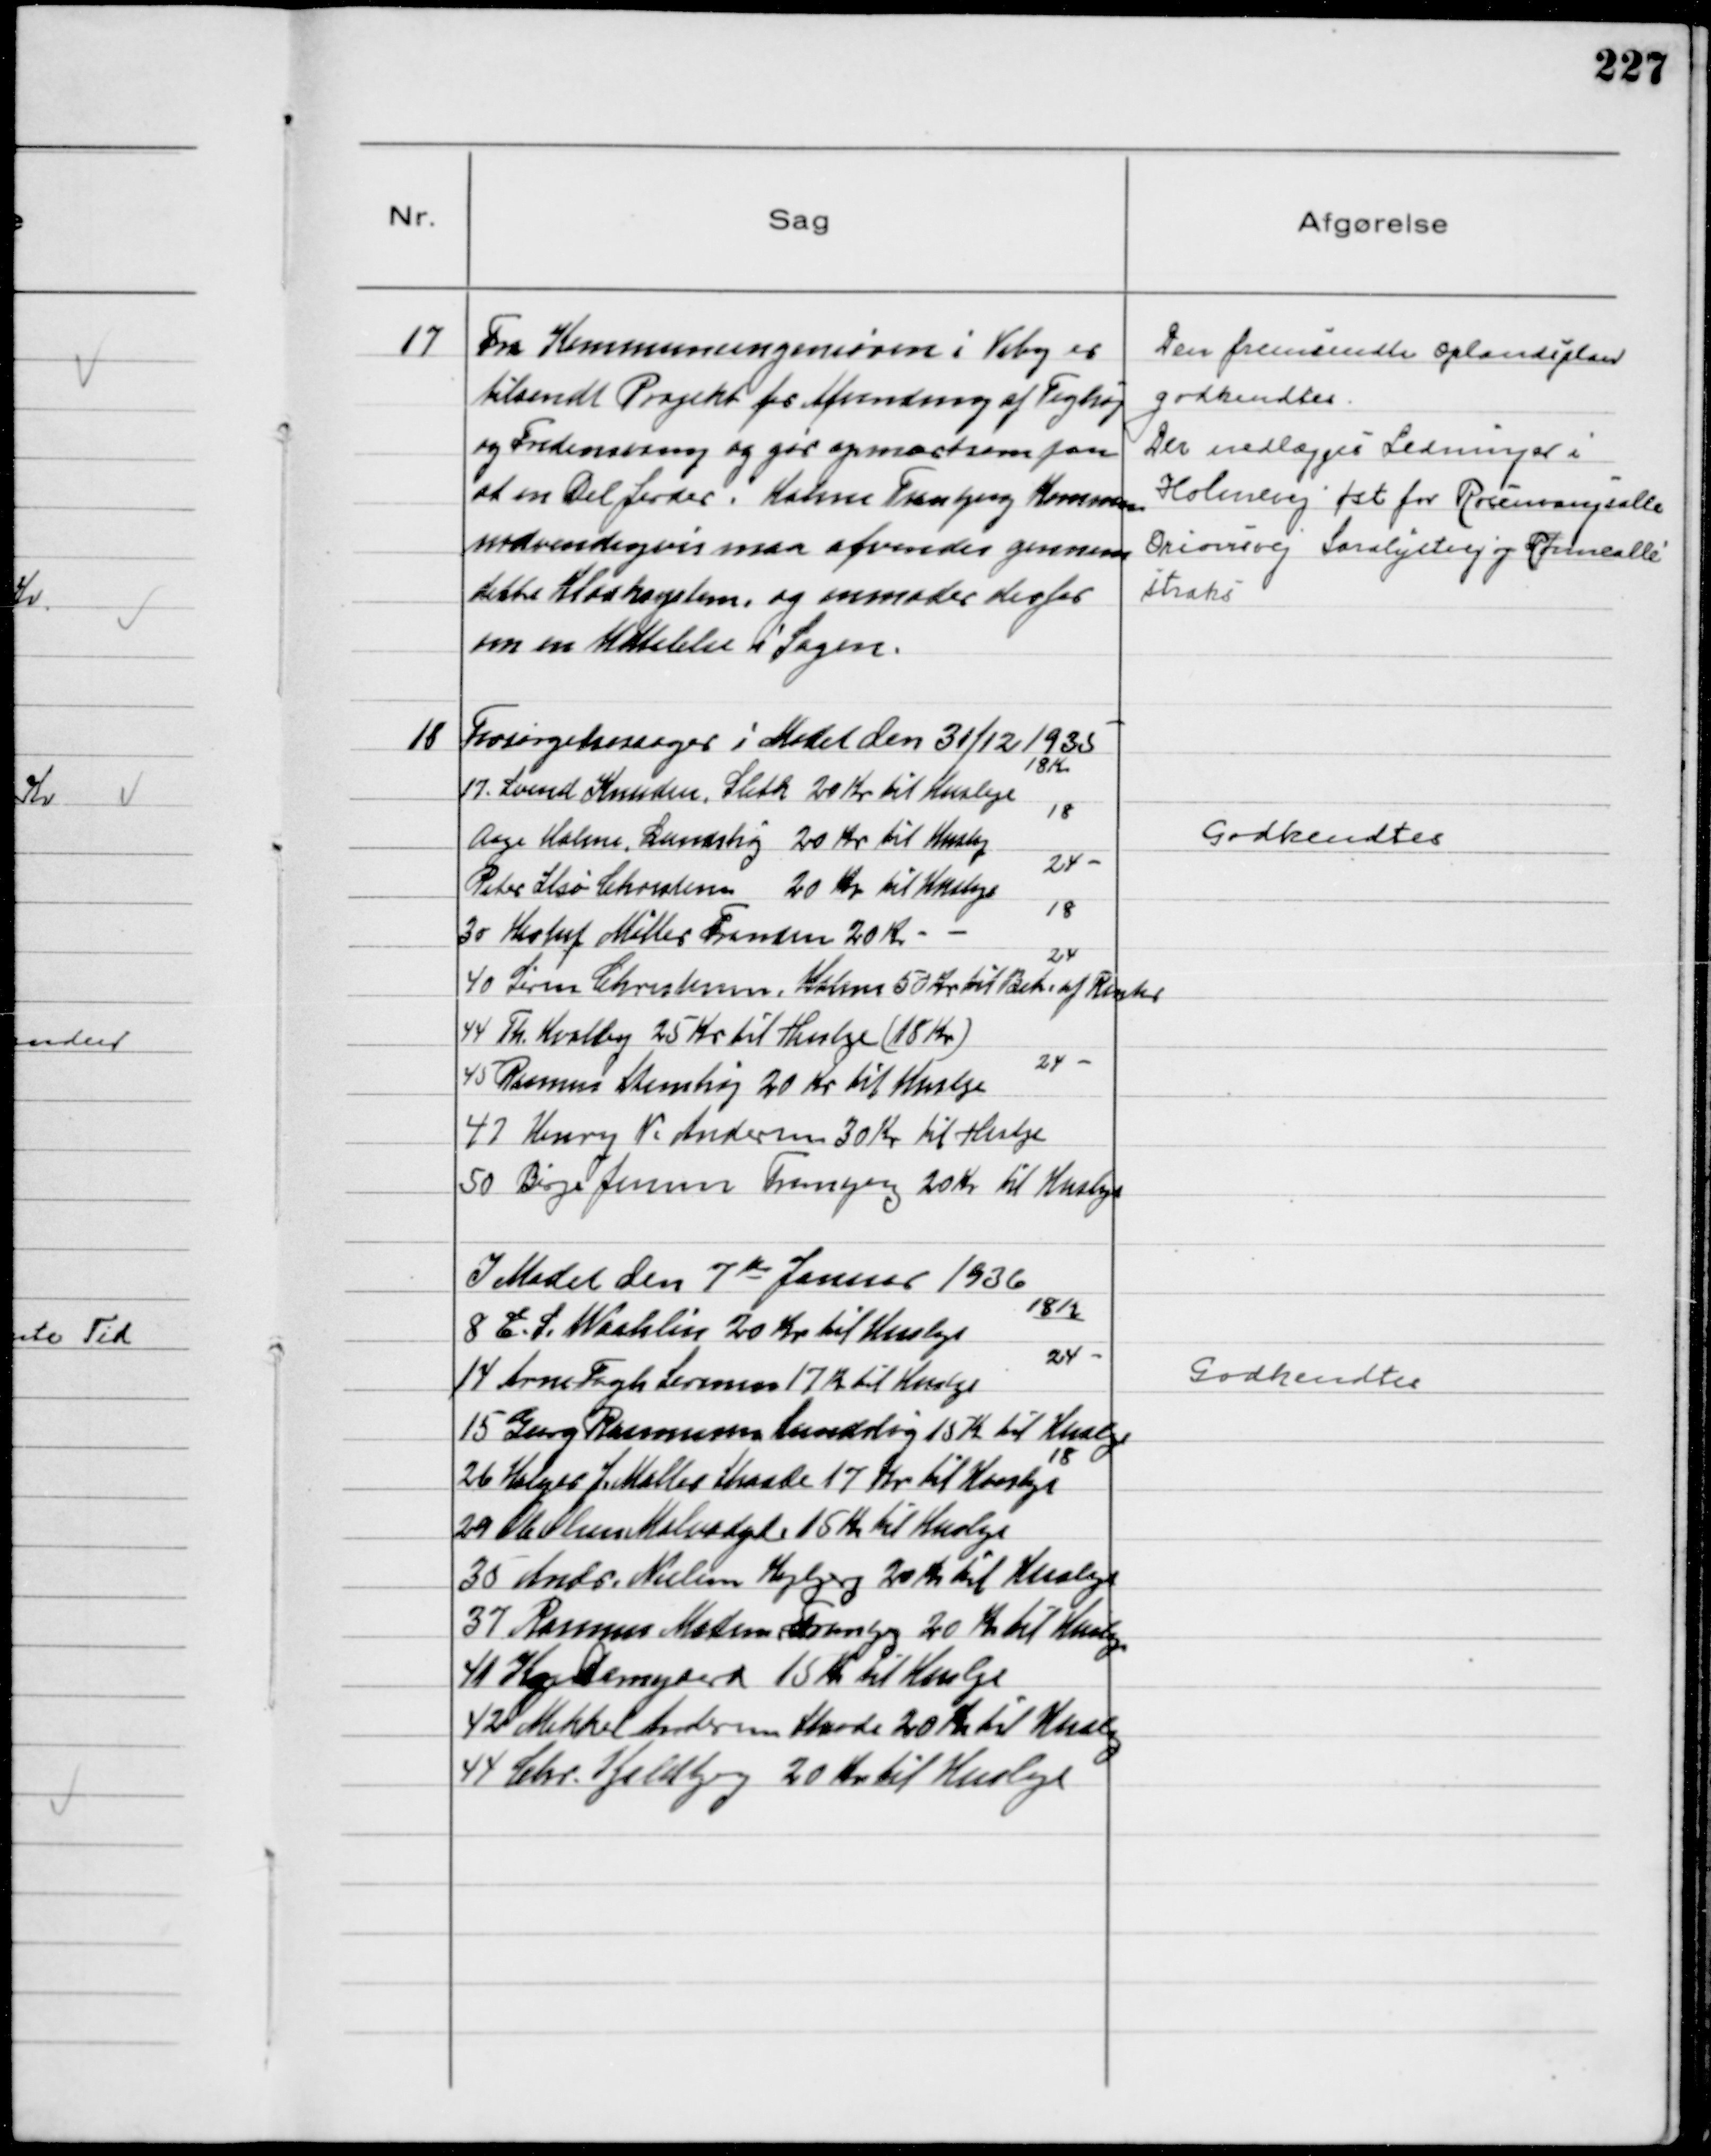
Transskription:
17
Fra Kommuneingeniøren i Viby er
tilsendt Projekt for Afvanding af Teghøj
og Fredensvang og gør opmærksom paa
at en Del Jorder i Holme Tranbjerg Kommune
nødvendigvis maa afvandes gennem
dette Kloaksystem, og anmoder derfor
om en Udtalelse i Sagen.

Den fremsendte Oplandsplan
godkendtes.
Der nedlægges Ledninger i
Holmevej øst for Rosenvangsalle
Orionsvej Saralystvej og Rønnealle
straks

18
Forsørgelsessager i Mødet den 31/12 1935
17. Svend Knudsen, Sleth 20 Kr til Husleje
18 kr
Aage Holme, Lundshøj 20 Kr til Husleje
18
Peter Ilsø Christensen 20 Kr til Husleje
24 -
30 Herluf Møller Frandsen 20 Kr -
18
40 Søren Christensen, Holme 50 Kr til Bet. af Renter
24
44 Th. Hvalby 25 Kr til Husleje (18 Kr)
45 Rasmus Stenshøj 20 Kr til Husleje
 24 -
47 Henry N. Andersen 30 Kr til Husleje
50 Børge Jensen Tranbjerg 20 Kr til Husleje

Godkendtes

I Mødet den 7de Januar 1936
8 E. S. Waahlin 20 Kr til Husleje
18/2
14 Arne Fogh Lermin 17 Kr til Husleje
24 -
15 Georg Rasmussen Lundshøj 15 Kr til Husleje
26 Holger J. Møller Skaade 17 Kr til Husleje
18
29 Ole Olsen Helvedyb 15 Kr til Husleje
35 Andr. Nielsen Højbjerg 20 Kr til Husleje
37 Rasmus Madsen Tranbjerg 20 Kr til Husleje
41 Kaj Damgaard 15 Kr til Husleje
42 Mikkel Andersen Skaade 20 Kr til Husleje
44 Chr. Kjeldberg 20 Kr til Husleje

Godkendtes